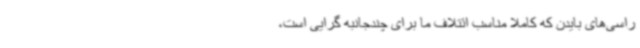
راسی‌های بایدن که کاملا مناسب ائتلاف ما برای چندجانبه گرایی است،